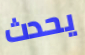
يحدث